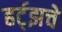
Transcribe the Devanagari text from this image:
हर्ट्‌झचे